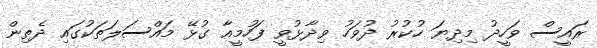
ރައީސް ވަހީދު މިދިޔަ ހުކުރު ދުވަހު ވިދާޅުވީ ފަހުމީއާ ގުޅޭ މައްސަލަތަކުގައި ދެތިން